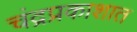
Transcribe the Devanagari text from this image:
चंद्रप्रकाशात